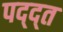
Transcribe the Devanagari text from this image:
पद्द्त